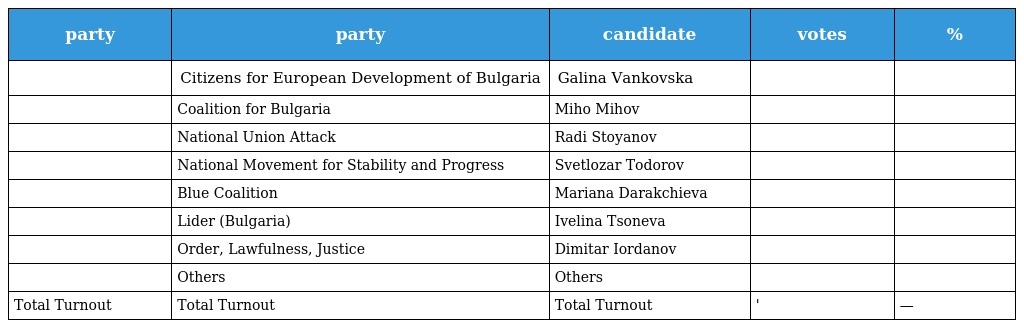
| party | party | candidate | votes | % |
 | --- | --- | --- | --- | --- |
 |  | Citizens for European Development of Bulgaria | Galina Vankovska |  |  |
 |  | Coalition for Bulgaria | Miho Mihov |  |  |
 |  | National Union Attack | Radi Stoyanov |  |  |
 |  | National Movement for Stability and Progress | Svetlozar Todorov |  |  |
 |  | Blue Coalition | Mariana Darakchieva |  |  |
 |  | Lider (Bulgaria) | Ivelina Tsoneva |  |  |
 |  | Order, Lawfulness, Justice | Dimitar Iordanov |  |  |
 |  | Others | Others |  |  |
 | Total Turnout | Total Turnout | Total Turnout | ' | — |